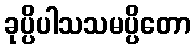
ခုပ္ပိပါသသမပ္ပိတော